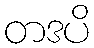
တဒပိ